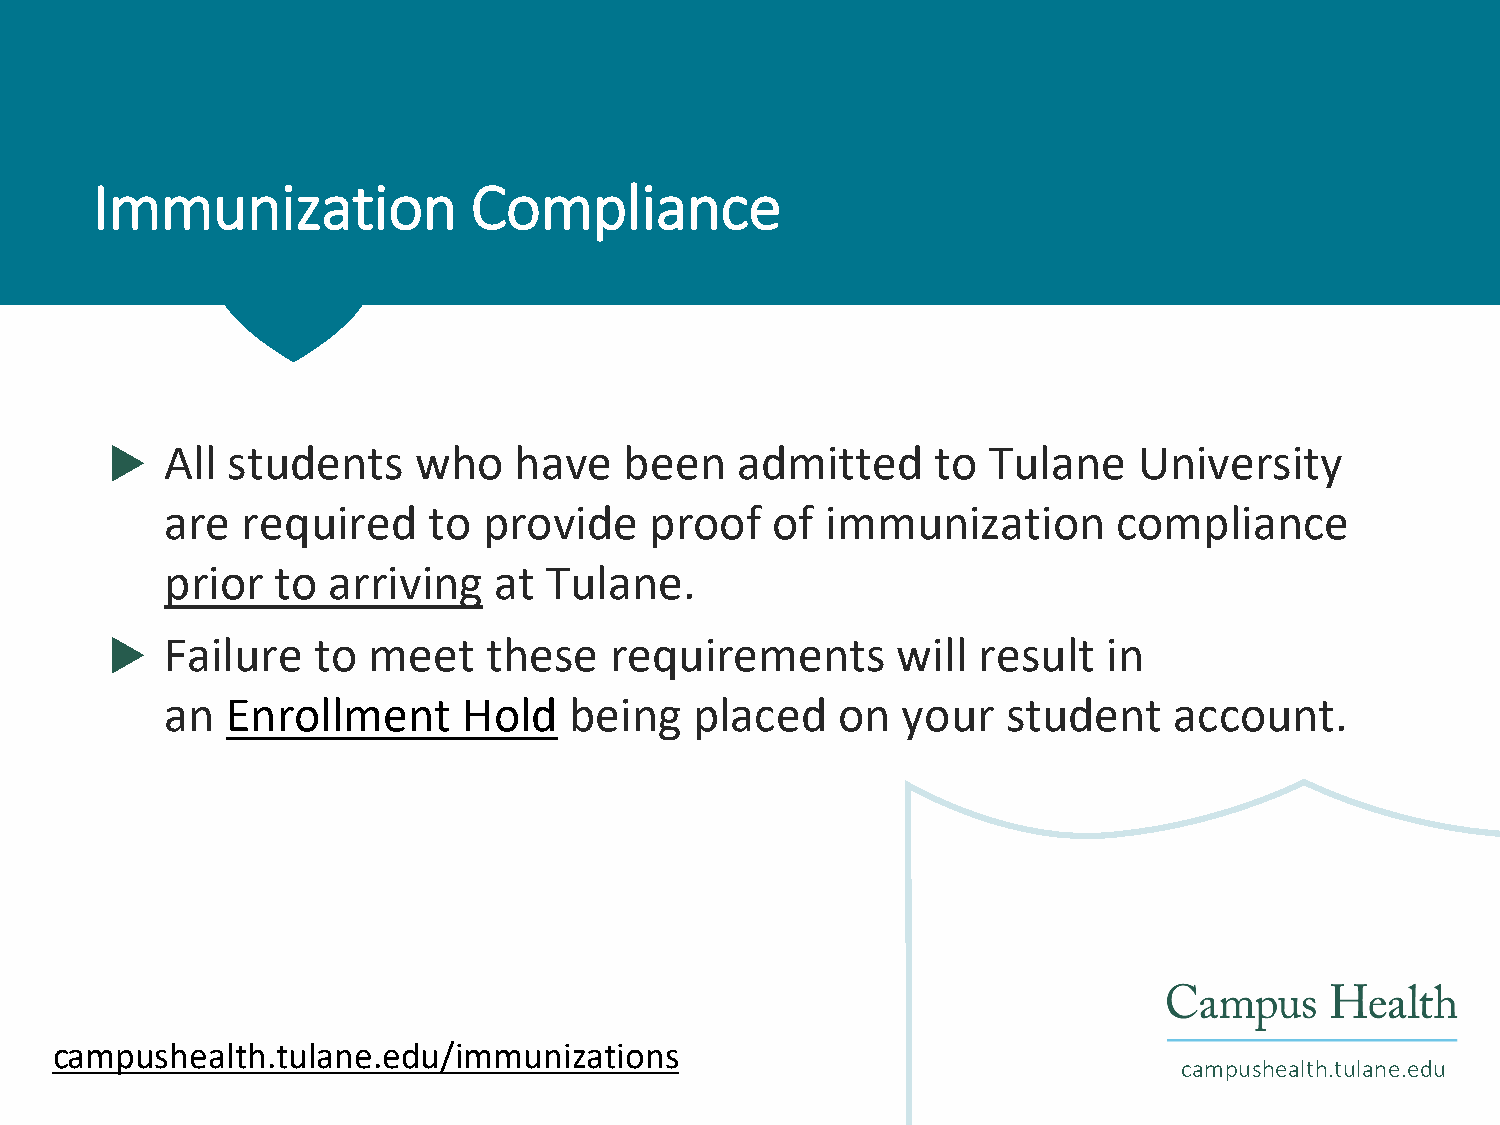
Immunization             Compliance
    All students    who    have   been    admitted     to Tulane    University
 are  required    to  provide    proof   of  immunization       compliance
 prior  to  arriving   at Tulane.
    Failure   to meet    these   requirements       will  result  in
 an  Enrollment      Hold   being   placed   on   your   student    account.
 campushealth.tulane.edu/immunizations
 campushealth.tulane.edu